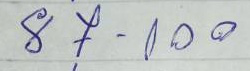
87 - 100